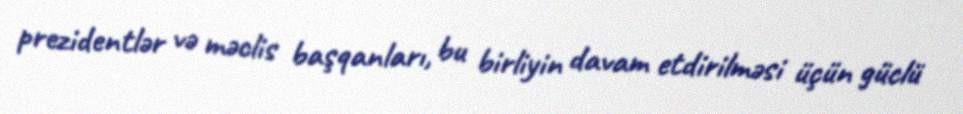
prezidentlər və məclis başqanları, bu birliyin davam etdirilməsi üçün güclü